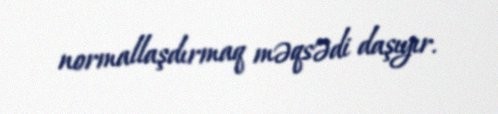
normallaşdırmaq məqsədi daşıyır.